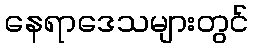
နေရာဒေသများတွင်